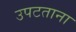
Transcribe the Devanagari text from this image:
उपटताना